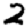
Digit: 2